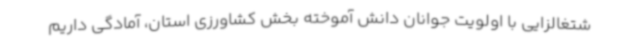
شتغالزایی با اولویت جوانان دانش آموخته بخش کشاورزی استان، آمادگی داریم